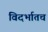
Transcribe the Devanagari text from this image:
विदर्भातच